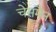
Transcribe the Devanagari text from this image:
चेसमैन